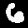
Digit: 6